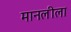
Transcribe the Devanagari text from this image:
मानलीला